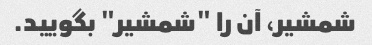
شمشیر، آن را "شمشیر" بگویید.